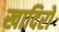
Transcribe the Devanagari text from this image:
खादिरों